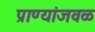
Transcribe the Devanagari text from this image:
प्राण्यांजवळ